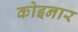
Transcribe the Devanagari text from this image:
कोइनार